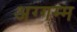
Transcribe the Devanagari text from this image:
अग्गम्म